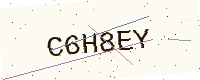
Text: C6H8EY